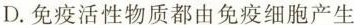
D.免疫活性物质都由免疫细胞产生